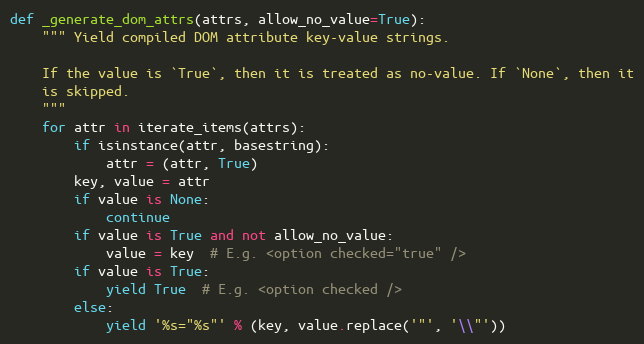
Language: Python
def _generate_dom_attrs(attrs, allow_no_value=True):
    """ Yield compiled DOM attribute key-value strings.

    If the value is `True`, then it is treated as no-value. If `None`, then it
    is skipped.
    """
    for attr in iterate_items(attrs):
        if isinstance(attr, basestring):
            attr = (attr, True)
        key, value = attr
        if value is None:
            continue
        if value is True and not allow_no_value:
            value = key  # E.g. <option checked="true" />
        if value is True:
            yield True  # E.g. <option checked />
        else:
            yield '%s="%s"' % (key, value.replace('"', '\\"'))